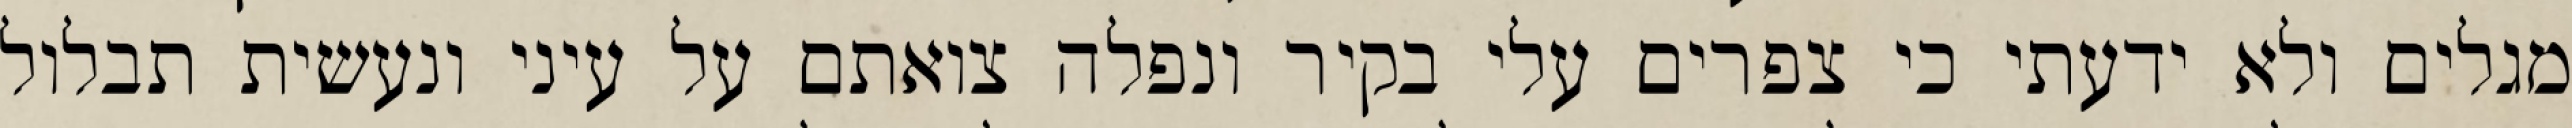
מגלים ולא ידעתי כי צפרים עלי בקיר‏ ונפלה צואתם על עיני ונעשית תבלול